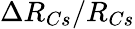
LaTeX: \Delta R_{Cs}/R_{Cs}